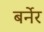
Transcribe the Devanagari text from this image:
बर्नेर